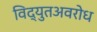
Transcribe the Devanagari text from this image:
विद्युतअवरोध